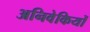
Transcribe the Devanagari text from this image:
अनिवेकियों